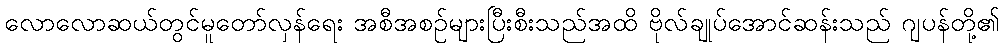
လောလောဆယ်တွင်မူတော်လှန်ရေး အစီအစဉ်များပြီးစီးသည်အထိ ဗိုလ်ချုပ်အောင်ဆန်းသည် ဂျပန်တို့၏